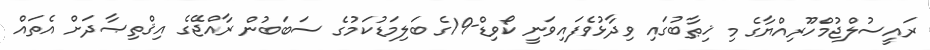
ރައީސުލްޖުމްހޫރިއްޔާގެ މި ޚިޠާބުގައި ވިދާޅުވެފައިވަނީ ކޯވިޑް-19ގެ ބަލިމަޑުކަމުގެ ސަބަބުން ރާއްޖޭގެ އިޤްތިޞާދަށް އެތައް